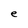
Character: e